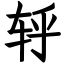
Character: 轷